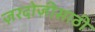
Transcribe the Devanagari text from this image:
ज़रदोज़ीसाठी